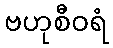
ဗဟုစီဝရံ